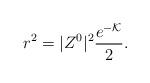
LaTeX: \begin{align*} r^2 = |Z^0|^2\frac{e^{-\mathcal{K}}}{2}.\end{align*}